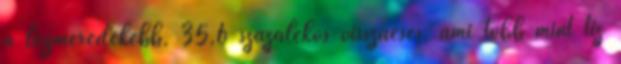
a legmeredekebb, 35,6 százalékos visszaesés, ami több mint tíz